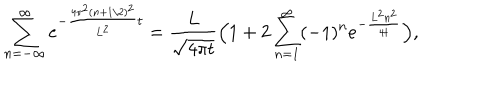
LaTeX: \sum _ { n = - \infty } ^ { \infty } e ^ { - { \frac { 4 \pi ^ { 2 } ( n + 1 / 2 ) ^ { 2 } } { L ^ { 2 } } } t } = { \frac { L } { \sqrt { 4 \pi t } } } \Bigl ( 1 + 2 \sum _ { n = 1 } ^ { \infty } ( - 1 ) ^ { n } e ^ { - { \frac { L ^ { 2 } n ^ { 2 } } { 4 t } } } \Bigr ) ,